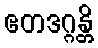
ဧတဒဂ္ဂန္တိ